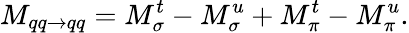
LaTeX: M_{qq\rightarrow qq}=M_{\sigma}^{t}-M_{\sigma}^{u}+M_{\pi}^{t}-M_{\pi}^{u}.